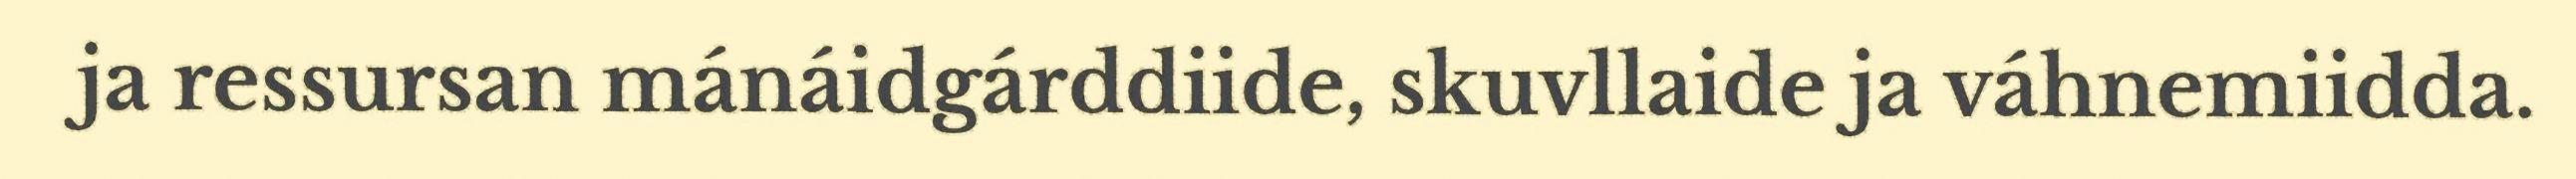
ja ressursan mánáidgárddiide, skuvllaide ja váhnemiidda.